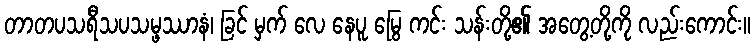
တာတပသရီသပသမ္ဖဿာနံ၊ ခြင် မှက် လေ နေပူ မြွေ ကင်း သန်းတို့၏ အတွေ့တို့ကို လည်းကောင်း။